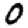
Digit: 0